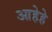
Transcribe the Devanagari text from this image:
आहेहे